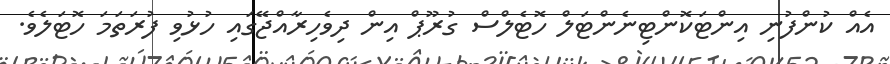
އެއް ކުންފުނި އިންޓަކޮންޓިނެންޓަލް ހޮޓެލްސް ގުރޫޕް އިން ދިވެހިރާއްޖޭގައި ހުޅުވި ފުރަތަމަ ހޮޓަލެވެ.